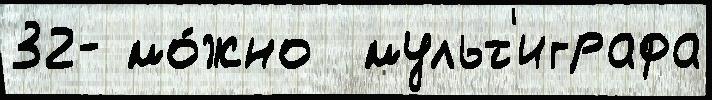
32- мо́жно  мульт'играфа